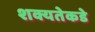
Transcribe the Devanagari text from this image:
शक्यतेकडे